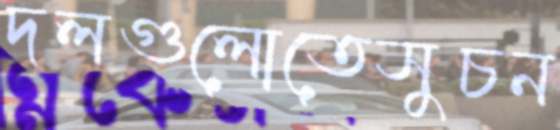
দলগুলোতেসুচন